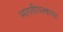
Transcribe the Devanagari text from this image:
भारतीयत्वाचा